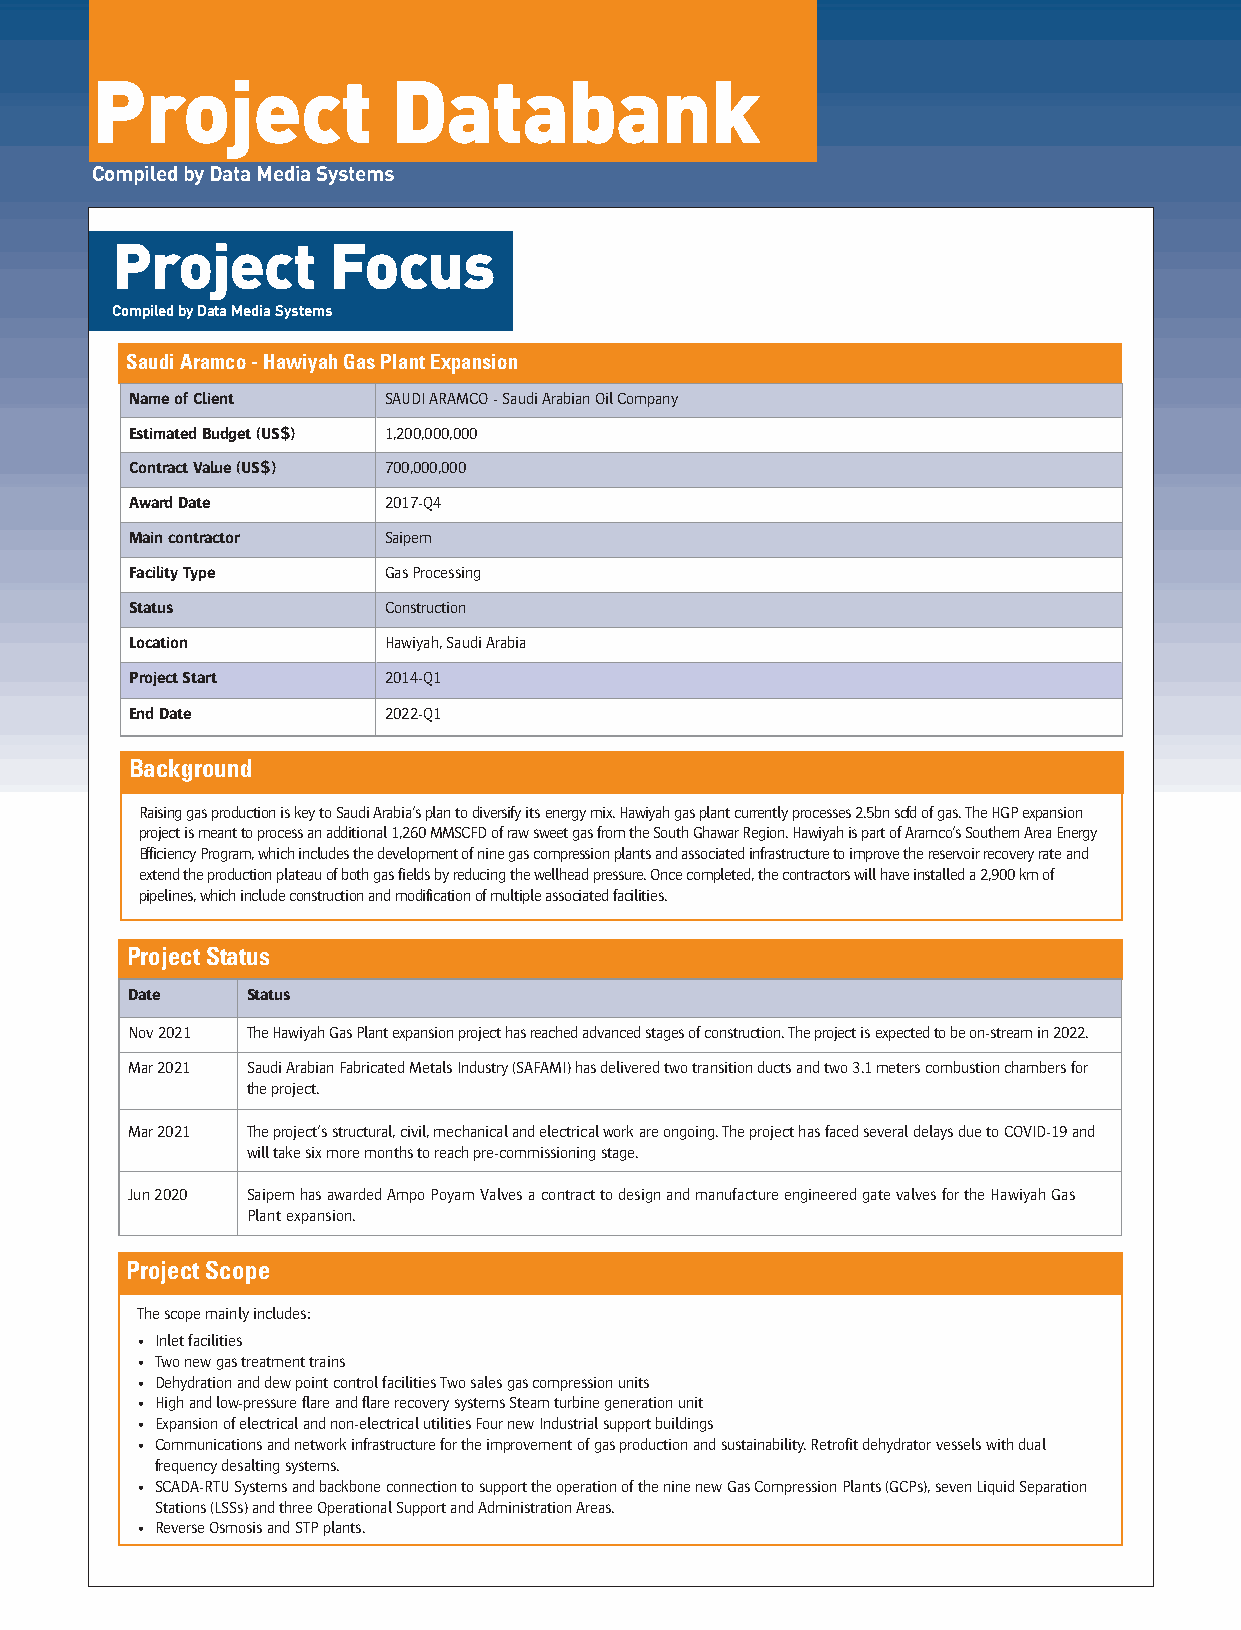
S11 ORME 8 2021 Bentley new_Layout 1 13/12/2021 10:10 Page 46
 Project             Databank
 Compiled by Data Media Systems
 Project        Focus
 Compiled by Data Media Systems
 Saudi Aramco - Hawiyah Gas Plant Expansion
 Name of Client   SAUDI ARAMCO - Saudi Arabian Oil Company
 Estimated Budget (US$) 1,200,000,000
 Contract Value (US$) 700,000,000
 Award Date       2017-Q4
 Main contractor  Saipem
 Facility Type    Gas Processing
 Status           Construction
 Location         Hawiyah, Saudi Arabia
 Project Start    2014-Q1
 End Date         2022-Q1
 Background
 Raising gas production is key to Saudi Arabia's plan to diversify its energy mix. Hawiyah gas plant currently processes 2.5bn scfd of gas. The HGP expansion
 project is meant to process an additional 1,260 MMSCFD of raw sweet gas from the South Ghawar Region. Hawiyah is part of Aramco's Southern Area Energy
 Efficiency Program, which includes the development of nine gas compression plants and associated infrastructure to improve the reservoir recovery rate and
 extend the production plateau of both gas fields by reducing the wellhead pressure. Once completed, the contractors will have installed a 2,900 km of
 pipelines, which include construction and modification of multiple associated facilities.
 Project Status
 Date    Status
 Nov 2021 The Hawiyah Gas Plant expansion project has reached advanced stages of construction. The project is expected to be on-stream in 2022.
 Mar 2021 Saudi Arabian Fabricated Metals Industry (SAFAMI) has delivered two transition ducts and two 3.1 meters combustion chambers for
 the project.
 Mar 2021 The project's structural, civil, mechanical and electrical work are ongoing. The project has faced several delays due to COVID-19 and
 will take six more months to reach pre-commissioning stage.
 Jun 2020 Saipem has awarded Ampo Poyam Valves a contract to design and manufacture engineered gate valves for the Hawiyah Gas
 Plant expansion.
 Project Scope
 The scope mainly includes:
 • Inlet facilities
 • Two new gas treatment trains
 • Dehydration and dew point control facilities Two sales gas compression units
 • High and low-pressure flare and flare recovery systems Steam turbine generation unit
 • Expansion of electrical and non-electrical utilities Four new Industrial support buildings
 • Communications and network infrastructure for the improvement of gas production and sustainability. Retrofit dehydrator vessels with dual
 frequency desalting systems.
 • SCADA-RTU Systems and backbone connection to support the operation of the nine new Gas Compression Plants (GCPs), seven Liquid Separation
 Stations (LSSs) and three Operational Support and Administration Areas.
 • Reverse Osmosis and STP plants.